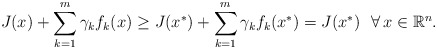
\begin{align*}J(x)+\sum\limits_{k=1}^m\gamma_kf_k(x)\ge J(x^*)+\sum\limits_{k=1}^m\gamma_kf_k(x^*)=J(x^*)\ \ \forall\,x\in\mathbb{R}^n.\end{align*}